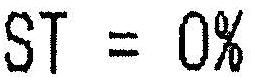
ST = 0%